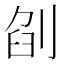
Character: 𠜼